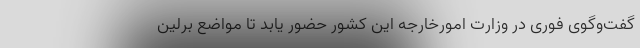
گفت‌وگوی فوری در وزارت امورخارجه این کشور حضور یابد تا مواضع برلین